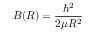
B ( R ) = \frac { \hbar ^ { 2 } } { 2 \ensuremath { \mu } R ^ { 2 } }